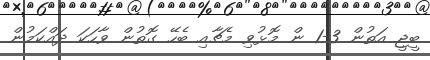
ބީޖީ އަތުން 3-1 ން މޮޅުވި މެޗާއި ބެހޭ ގޮތުން ވާހަކަ ދައްކަމުން